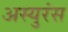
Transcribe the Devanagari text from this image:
अस्युरंस